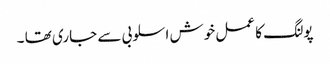
پولنگ کا عمل خوش اسلوبی سے جاری تھا ۔